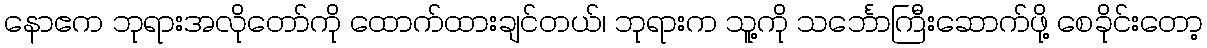
နောဧက ဘုရားအလိုတော်ကို ထောက်ထားချင်တယ်၊ ဘုရားက သူ့ကို သင်္ဘောကြီးဆောက်ဖို့ စေခိုင်းတော့